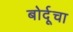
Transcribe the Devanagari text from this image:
बोर्दूचा